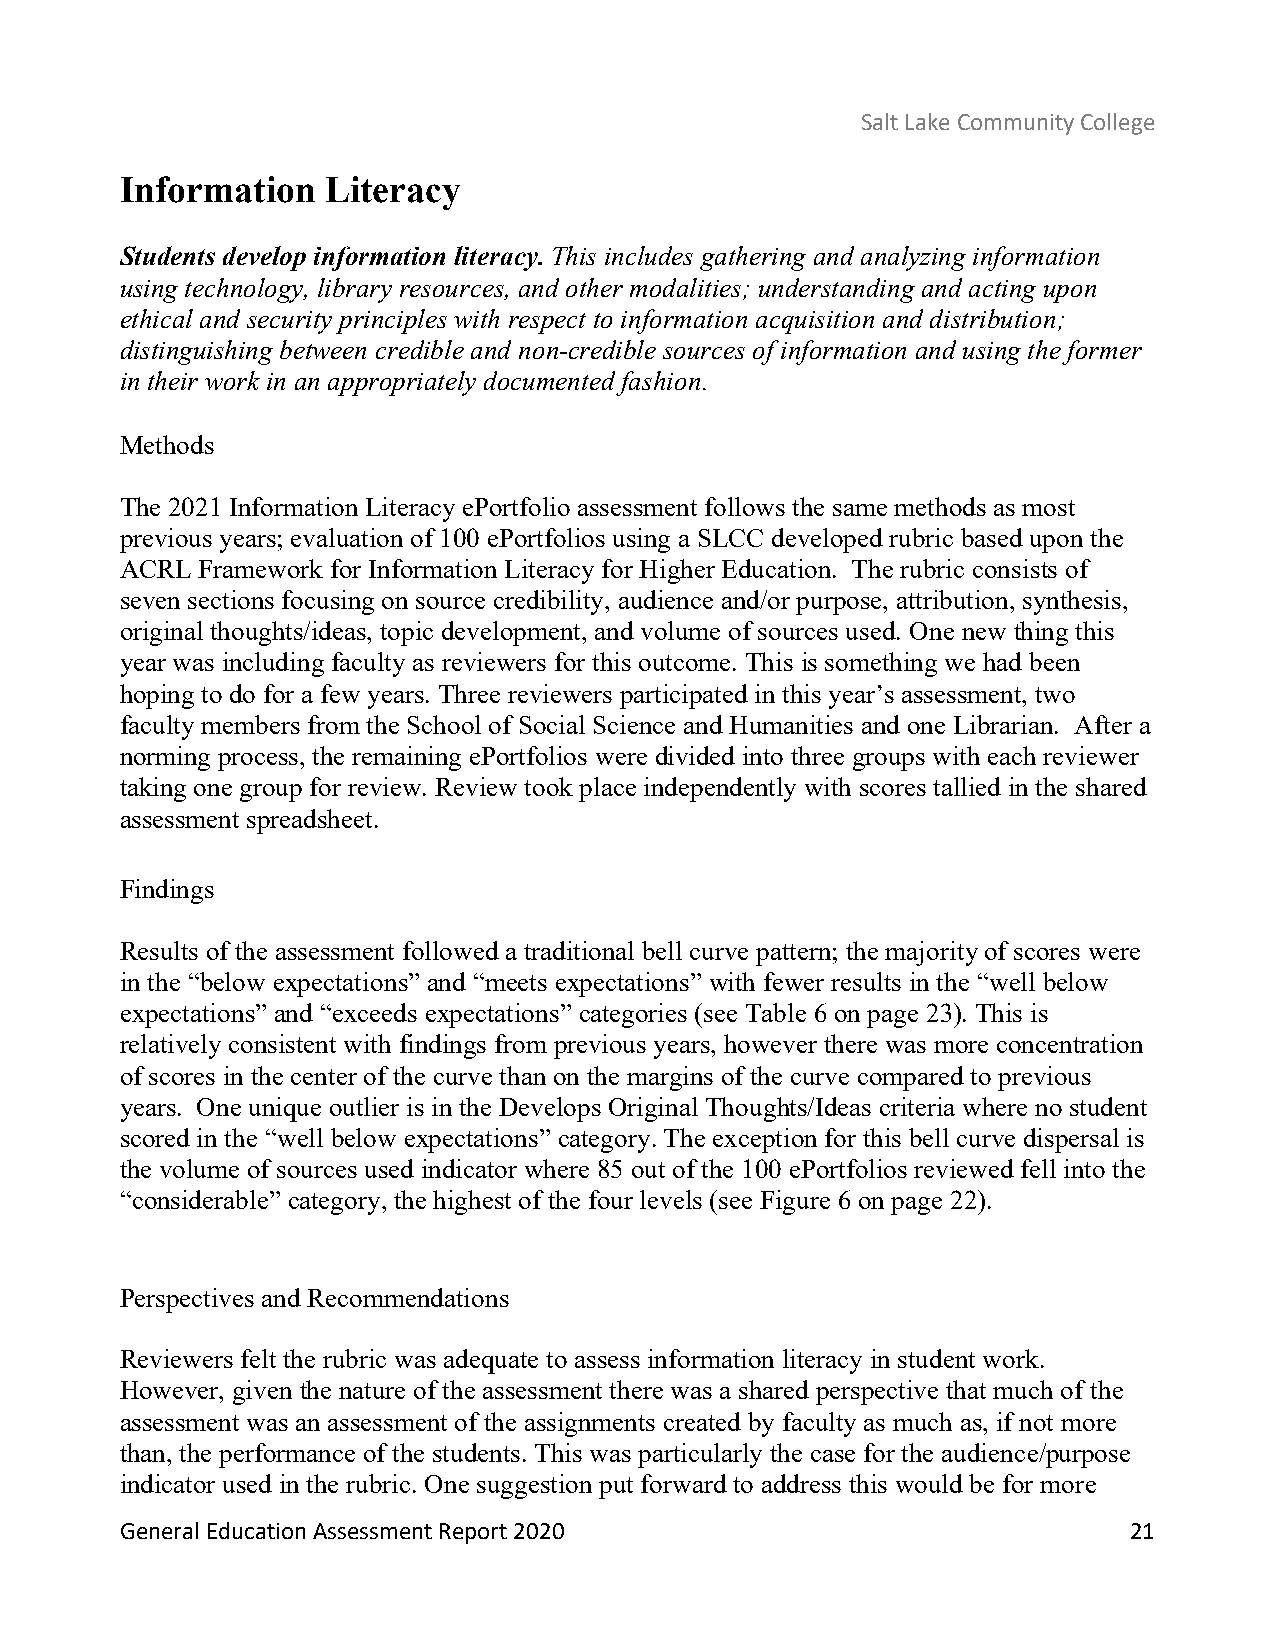
Salt Lake Community College
 Information   Literacy
 Students develop information literacy. This includes gathering and analyzing information
 using technology, library resources, and other modalities; understanding and acting upon
 ethical and security principles with respect to information acquisition and distribution;
 distinguishing between credible and non-credible sources of information and using the former
 in their work in an appropriately documented fashion.
 Methods
 The 2021 Information Literacy ePortfolio assessment follows the same methods as most
 previous years; evaluation of 100 ePortfolios using a SLCC developed rubric based upon the
 ACRL Framework for Information Literacy for Higher Education. The rubric consists of
 seven sections focusing on source credibility, audience and/or purpose, attribution, synthesis,
 original thoughts/ideas, topic development, and volume of sources used. One new thing this
 year was including faculty as reviewers for this outcome. This is something we had been
 hoping to do for a few years. Three reviewers participated in this year’s assessment, two
 faculty members from the School of Social Science and Humanities and one Librarian. After a
 norming process, the remaining ePortfolios were divided into three groups with each reviewer
 taking one group for review. Review took place independently with scores tallied in the shared
 assessment spreadsheet.
 Findings
 Results of the assessment followed a traditional bell curve pattern; the majority of scores were
 in the “below expectations” and “meets expectations” with fewer results in the “well below
 expectations” and “exceeds expectations” categories (see Table 6 on page 23). This is
 relatively consistent with findings from previous years, however there was more concentration
 of scores in the center of the curve than on the margins of the curve compared to previous
 years. One unique outlier is in the Develops Original Thoughts/Ideas criteria where no student
 scored in the “well below expectations” category. The exception for this bell curve dispersal is
 the volume of sources used indicator where 85 out of the 100 ePortfolios reviewed fell into the
 “considerable” category, the highest of the four levels (see Figure 6 on page 22).
 Perspectives and Recommendations
 Reviewers felt the rubric was adequate to assess information literacy in student work.
 However, given the nature of the assessment there was a shared perspective that much of the
 assessment was an assessment of the assignments created by faculty as much as, if not more
 than, the performance of the students. This was particularly the case for the audience/purpose
 indicator used in the rubric. One suggestion put forward to address this would be for more
 General Education Assessment Report 2020                           21